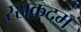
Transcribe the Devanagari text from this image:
रसकदम